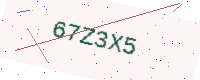
Text: 67Z3X5